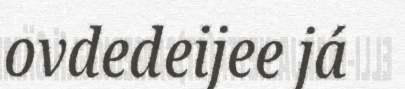
ovdedeijee já